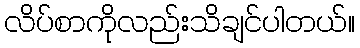
လိပ်စာကိုလည်းသိချင်ပါတယ်။